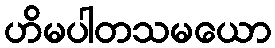
ဟိမပါတသမယော